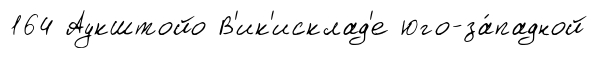
164 Аукштойо В'ик'исклад'е юго-за́падной